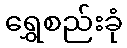
ရွှေစည်းခုံ